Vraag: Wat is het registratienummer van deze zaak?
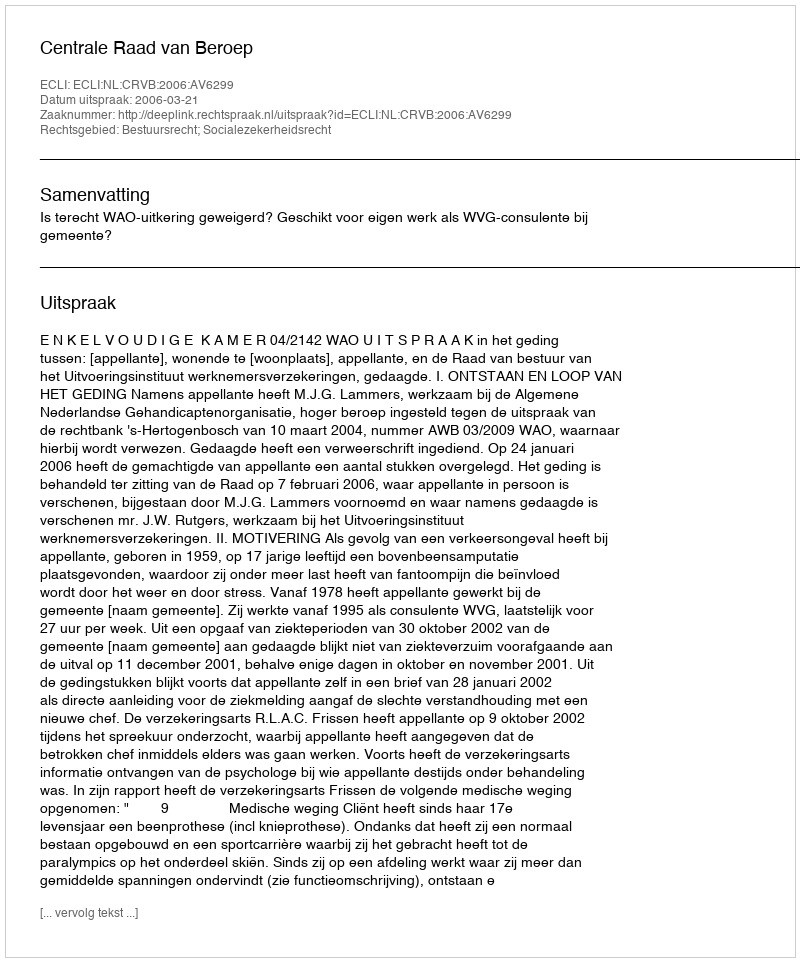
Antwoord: http://deeplink.rechtspraak.nl/uitspraak?id=ECLI:NL:CRVB:2006:AV6299